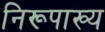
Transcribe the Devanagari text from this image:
निरूपाख्य